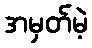
အမှတ်မဲ့